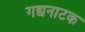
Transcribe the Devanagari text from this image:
गद्यनाटक